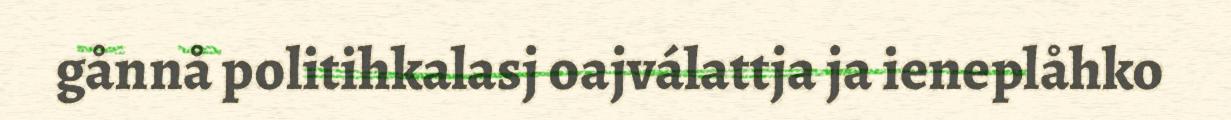
gånnå politihkalasj oajválattja ja ieneplåhko